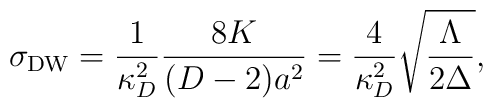
\sigma_{\rm DW}={1\over\kappa^2_D}{{8K}\over{(D-2)a^2}}={4\over\kappa^2_D}\sqrt{\Lambda\over{2\Delta}},